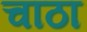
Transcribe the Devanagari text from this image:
चाठा